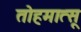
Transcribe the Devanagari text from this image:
तोहमात्सू